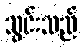
သွင်းသည်